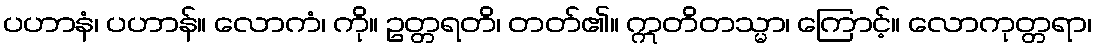
ပဟာနံ၊ ပဟာန်။ လောကံ၊ ကို။ ဥတ္တရတိ၊ တတ်၏။ ဣတိတသ္မာ၊ ကြောင့်။ လောကုတ္တရာ၊